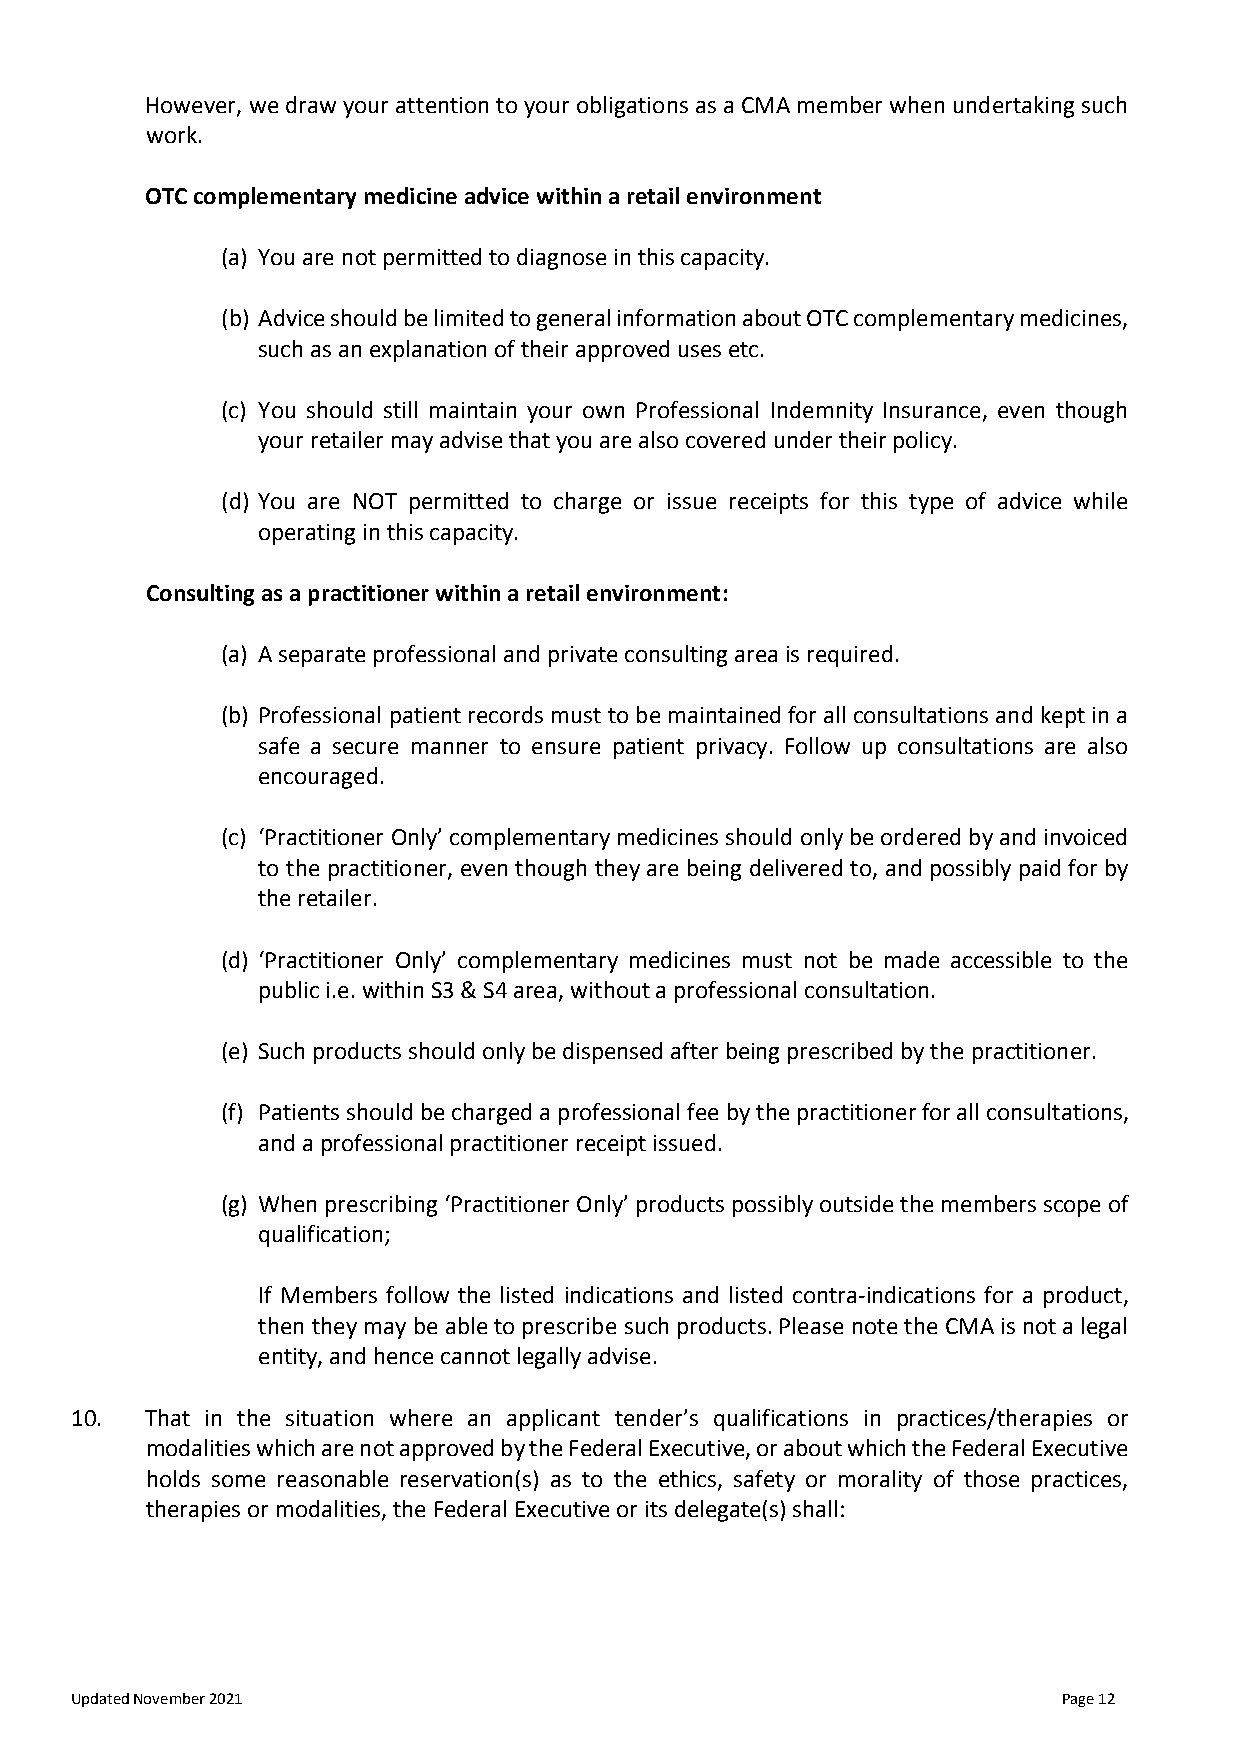
However, we draw your attention to your obligations as a CMA member when undertaking such
 work.
 OTC complementary medicine advice within a retail environment
 (a) You are not permitted to diagnose in this capacity.
 (b) Advice should be limited to general information about OTC complementary medicines,
 such as an explanation of their approved uses etc.
 (c) You should still maintain your own Professional Indemnity Insurance, even though
 your retailer may advise that you are also covered under their policy.
 (d) You are NOT permitted to charge or issue receipts for this type of advice while
 operating in this capacity.
 Consulting as a practitioner within a retail environment:
 (a) A separate professional and private consulting area is required.
 (b) Professional patient records must to be maintained for all consultations and kept in a
 safe a secure manner to ensure patient privacy. Follow up consultations are also
 encouraged.
 (c) ‘Practitioner Only’ complementary medicines should only be ordered by and invoiced
 to the practitioner, even though they are being delivered to, and possibly paid for by
 the retailer.
 (d) ‘Practitioner Only’ complementary medicines must not be made accessible to the
 public i.e. within S3 & S4 area, without a professional consultation.
 (e) Such products should only be dispensed after being prescribed by the practitioner.
 (f) Patients should be charged a professional fee by the practitioner for all consultations,
 and a professional practitioner receipt issued.
 (g) When prescribing ‘Practitioner Only’ products possibly outside the members scope of
 qualification;
 If Members follow the listed indications and listed contra-indications for a product,
 then they may be able to prescribe such products. Please note the CMA is not a legal
 entity, and hence cannot legally advise.
 10.  That in the situation where an applicant tender’s qualifications in practices/therapies or
 modalities which are not approved by the Federal Executive, or about which the Federal Executive
 holds some reasonable reservation(s) as to the ethics, safety or morality of those practices,
 therapies or modalities, the Federal Executive or its delegate(s) shall:
 Updated November 2021                                            Page 12